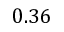
0 . 3 6